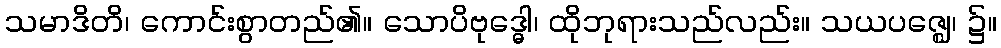
သမာဒိတိ၊ ကောင်းစွာတည်၏။ သောပိဗုဒ္ဓေါ၊ ထိုဘုရားသည်လည်း။ သယပဇ္ဈေ၊ ၌။